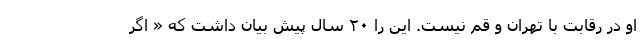
او در رقابت با تهران و قم نیست. این را ۲۰ سال پیش بیان داشت که « اگر